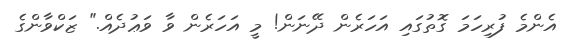
އެންމެ ފުރިހަމަ ގޮތުގައި އަހަރެން ދޭނަން! މީ އަހަރެން ވާ ވަޢުދެއް." ޒަކްވާންގެ